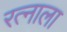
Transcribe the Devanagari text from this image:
रत्‍नाला